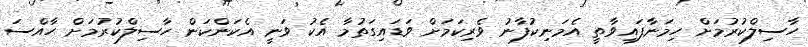
ހާސިލްކުރުމަށް ހިމަނާފައިވާތީ އެމަނިކުފާނު ވެރިކަމަށް ވަޑައިގަތުމާ އެކު ވަނީ އެކަންކަން ހާސިލްކުރުމަށް ހާއްސަ